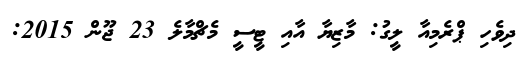
ދިވެހި ޕްރެމިއާ ލީގު: މާޒިޔާ އާއި ޓީސީ މެޗްމާލެ 23 ޖޫން 2015: